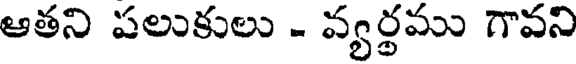
ఆతని పలుకులు - వ్యర్థము గావని